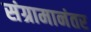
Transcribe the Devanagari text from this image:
संग्रामानंतर